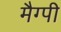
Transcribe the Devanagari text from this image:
मैग्पी